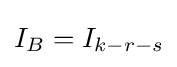
I_{B}=I_{k-r-s}